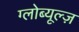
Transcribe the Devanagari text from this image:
ग्लोब्यूल्ज़